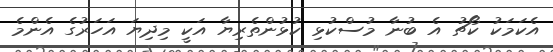
އެކަމަކު ކޯޗު އެ ބުނާ މުސްކުޅި ކުޅުންތެރިޔާ އަކީ މިދިޔަ އަހަރުގެ އެންމެ